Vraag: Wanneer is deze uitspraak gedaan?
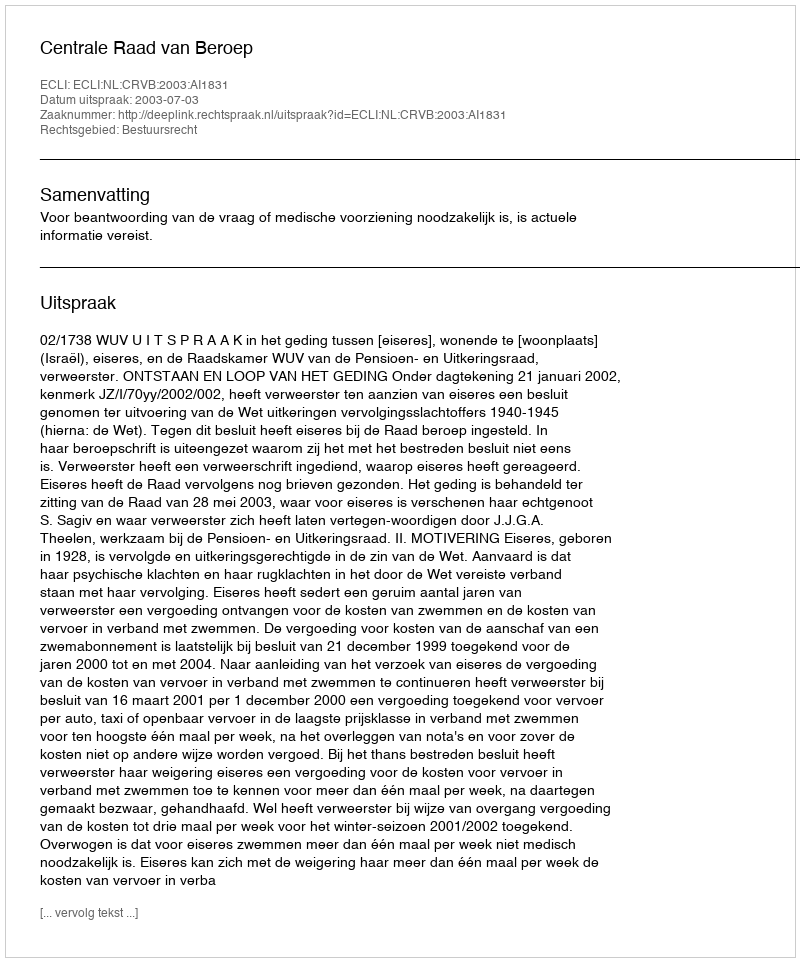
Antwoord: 2003-07-03